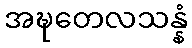
အဍ္ဎတေလသန္နံ